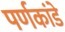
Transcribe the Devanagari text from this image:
पर्णकांडे